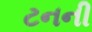
ટનની